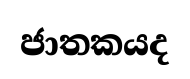
ජාතකයද